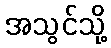
အသွင်သို့